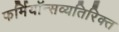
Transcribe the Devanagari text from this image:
फर्मियॉन्सव्यतिरिक्त